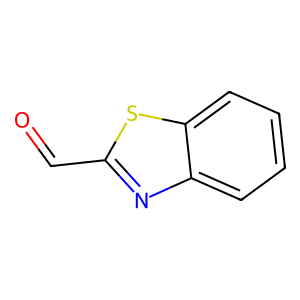
SMILES: O=Cc1nc2ccccc2s1
Inhibits HIV replication: No